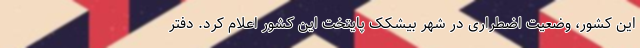
این کشور، وضعیت اضطراری در شهر بیشکک پایتخت این کشور اعلام کرد. دفتر